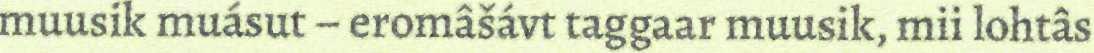
muusik muásut – eromâšávt taggaar muusik, mii lohtâs